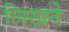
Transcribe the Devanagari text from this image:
लिखते